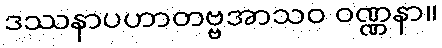
ဒဿနာပဟာတဗ္ဗအာသဝ ဝဏ္ဏနာ။